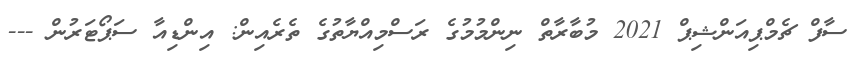
ސާފް ޗެމްޕިއަންޝިޕް 2021 މުބާރާތް ނިންމުމުގެ ރަސްމިއްޔާތުގެ ތެރެއިން: އިންޑިއާ ސަޕޯޓަރުން ---